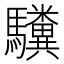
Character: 𫘚